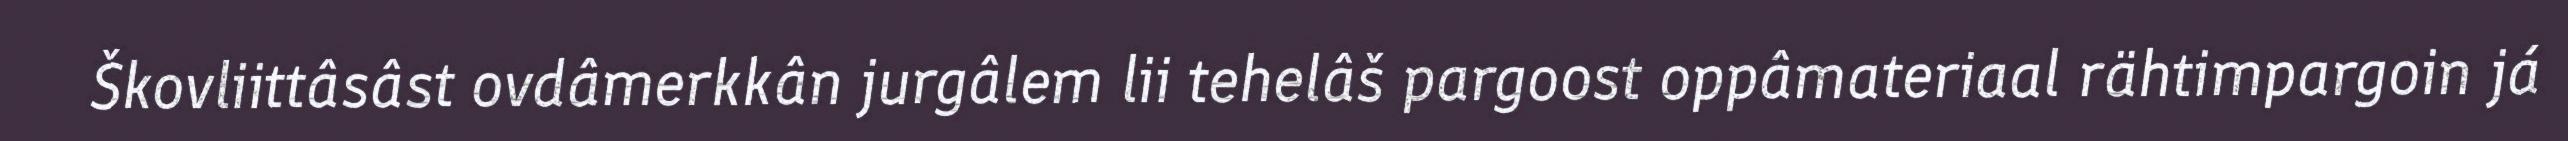
Škovliittâsâst ovdâmerkkân jurgâlem lii tehelâš pargoost oppâmateriaal rähtimpargoin já